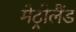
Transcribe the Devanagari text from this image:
मेट्रोलैंड